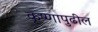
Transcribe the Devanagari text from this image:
कृष्णापुढील